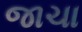
જાચા